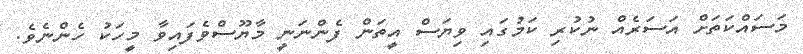
މަސައްކަތަށް އަސަރެއް ނުކުރި ކަމުގައި ވިޔަސް އީތަން ފެންނަނީ މާޔޫސްވެފައިވާ މީހަކު ހެންނެވެ.